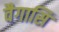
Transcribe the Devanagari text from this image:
वैगासि